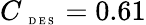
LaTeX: C_{\mathrm{~\tiny~D~E~S~}}=0.61